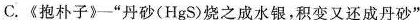
C.《抱朴子》-”丹砂(HgS)烧之成水银，积变又还成丹砂”